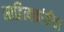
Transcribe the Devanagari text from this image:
साहित्यक्रांतीचा